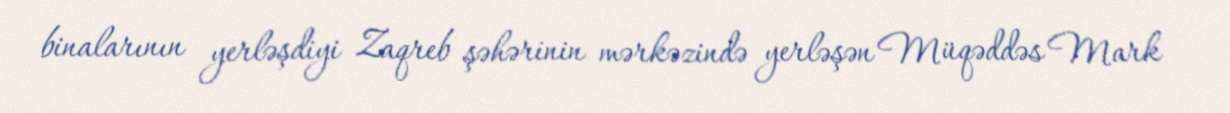
binalarının yerləşdiyi Zaqreb şəhərinin mərkəzində yerləşən Müqəddəs Mark